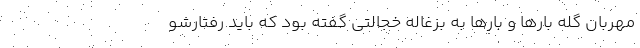
مهربان گله بارها و بارها به بزغاله خجالتی گفته بود که باید رفتارشو